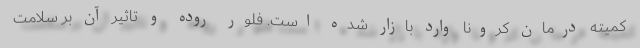
کمیته درمان کرونا وارد بازار شده است. فلور روده و تاثیر آن بر سلامت